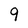
Character: 9